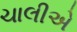
ચાલીએ